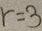
r = 3